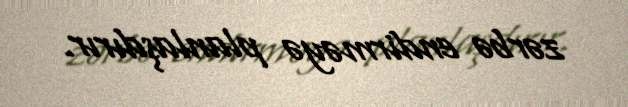
zərbə endirməyə planlaşdırır.